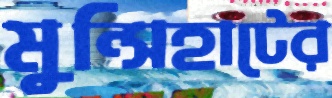
মুন্সিহাটের